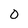
Character: 0